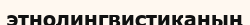
этнолингвистиканың